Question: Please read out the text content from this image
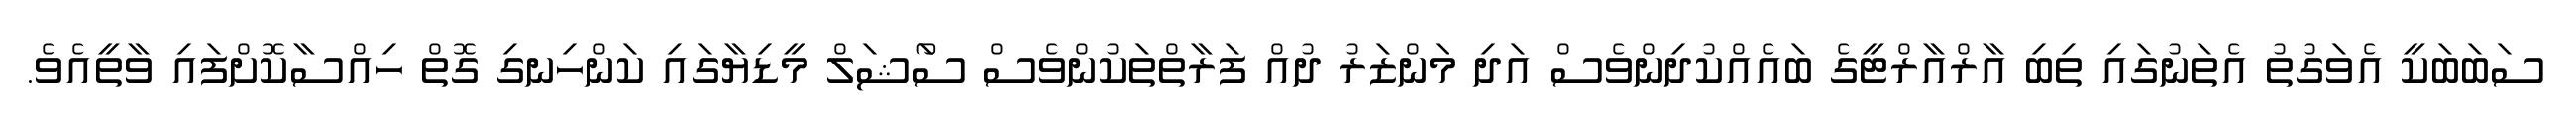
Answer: ސަބަބަކީ އެވަގުތު އެތަނުގައި ތިބި އާރްއާރްޓީގެ ބައެއްކުދިންވެސް އަދި މަންޒަރު ދުއް ފަރާތްތަކުންވެސް ސޯަޝަލް މީޑިޔާގައި ކަންހިނގި ގޮތް ހިއްސާކޮށްފައި ވާތީއެވެ.